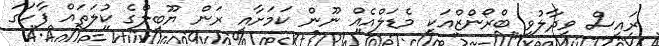
ރައީސް ވިދާލުވީ ބްރޯންޒްއަކީ މެޑަލްއެއް ނޫން ކަމަށާއި ރަން ޔޫބީލްގެ ކުލަތައް ފާހަގަ